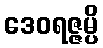
ဒေဝရဇ္ဇမ္ပိ